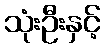
သုံးဦးနှင့်